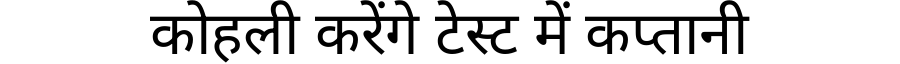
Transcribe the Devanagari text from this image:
कोहली करेंगे टेस्ट में कप्तानी